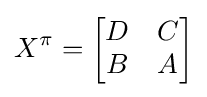
X^{\pi }={\begin{bmatrix}D&C\\B&A\end{bmatrix}}